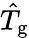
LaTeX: \hat{T}_{\mathrm{g}}